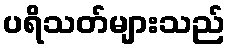
ပရိသတ်များသည်